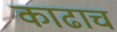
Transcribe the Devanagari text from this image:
काढाच